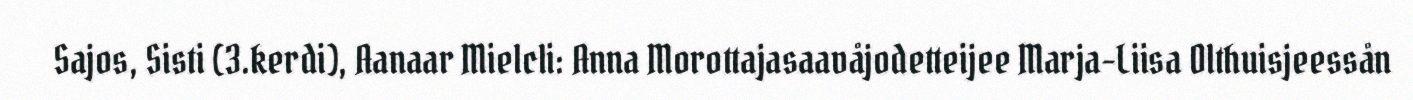
Sajos, Sisti (3.kerdi), Aanaar Mielcli: Anna Morottajasaavåjodetteijee Marja-Liisa Olthuisjeessån